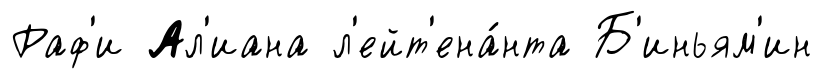
Раф'и Ал'иана л'ейт'ена́нта Б'иньям'ин